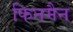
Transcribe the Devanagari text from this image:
फिनमैन